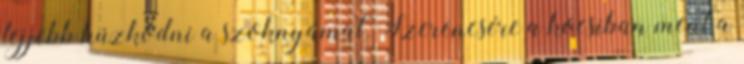
lejjebb húzkodni a szoknyámat. Szerencsére a kocsiban ment a